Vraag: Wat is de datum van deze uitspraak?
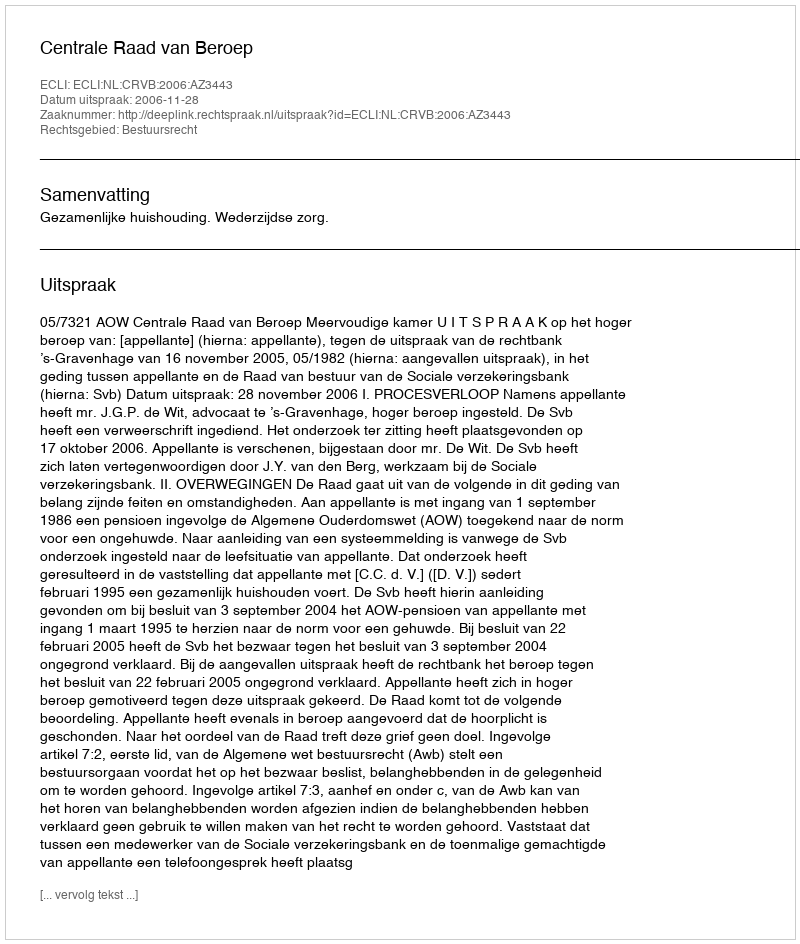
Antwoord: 2006-11-28